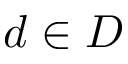
d \in D